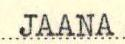
JAANA